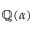
\mathbb { Q } ( \alpha )